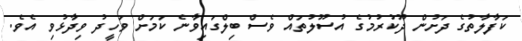
ކަފާލާތުގެ ދަށުން ދޫކުރުމުގެ އުސޫލުތައް ވެސް ބިލްގައިވާނެ ކަމަށް ވަހީދު ވިދާޅުވި އެވެ.